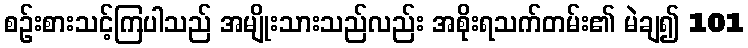
စဉ်းစားသင့်ကြပါသည် အမျိုးသားသည်လည်း အစိုးရသက်တမ်း၏ မဲချ၍ 101